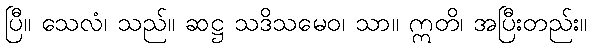
ပြီ။ သေလံ၊ သည်။ ဆဋ္ဌ သဒိသမေဝ၊ သာ။ ဣတိ၊ အပြီးတည်း။